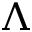
\Lambda